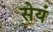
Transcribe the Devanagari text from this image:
सेयं